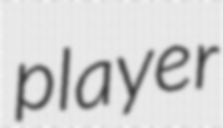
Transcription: player